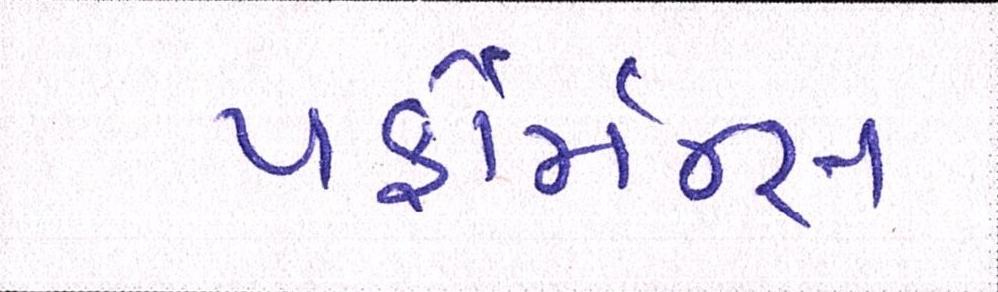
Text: પર્ફોર્મન્સ